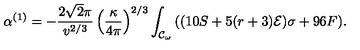
\alpha ^ { ( 1 ) } = - \frac { 2 \sqrt { 2 } \pi } { v ^ { 2 / 3 } } \left( \frac { \kappa } { 4 \pi } \right) ^ { 2 / 3 } \int _ { { \cal { C } } _ { \omega } } { ( ( 1 0 S + 5 ( r + 3 ) { \cal { E } } ) \sigma + 9 6 F ) } .